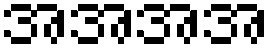
အအအအ